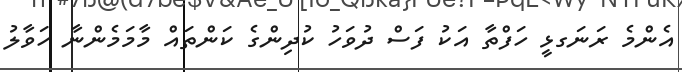
އެންމެ ރަނަގޅީ ހަފްތާ އަކު ފަސް ދުވަހު ކުދިންގެ ކަންތައް މާމަމެންނާ ހަވާލު